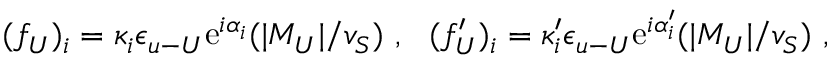
( f _ { U } ) _ { i } = \kappa _ { i } \epsilon _ { u { \mathrm { - } } U } \mathrm { e } ^ { i \alpha _ { i } } ( | M _ { U } | / v _ { S } ) ~ , ~ ~ ( f _ { U } ^ { \prime } ) _ { i } = \kappa _ { i } ^ { \prime } \epsilon _ { u { \mathrm { - } } U } \mathrm { e } ^ { i \alpha _ { i } ^ { \prime } } ( | M _ { U } | / v _ { S } ) ~ ,